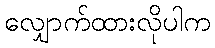
လျှောက်ထားလိုပါက